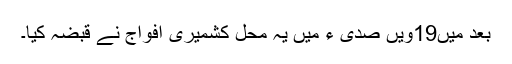
بعد میں19ویں صدی ء میں یہ محل کشمیری افواج نے قبضہ کیا۔